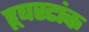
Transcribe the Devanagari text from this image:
हूबस्टांक